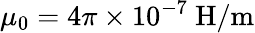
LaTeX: \mu_{0}=4\pi\times 10^{-7}{\mathrm{~H/m}}